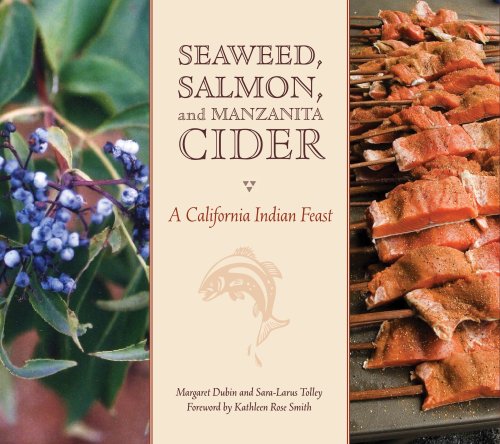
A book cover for Seaweed, Salmon, and Manzanita Cider: A California Indian Feast; Margaret Denise Dubin; Cookbooks, Food & Wine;